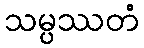
သမ္ပဿတံ